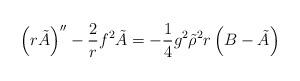
LaTeX: \begin{align*}\left(r\tilde{A}\right)''-\dfrac{2}{r}f^{2}\tilde{A}=-\dfrac{1}{4}g^{2}\tilde{\rho}^{2}r\left(B-\tilde{A}\right)\end{align*}